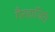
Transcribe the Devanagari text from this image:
गैरहाजिरी